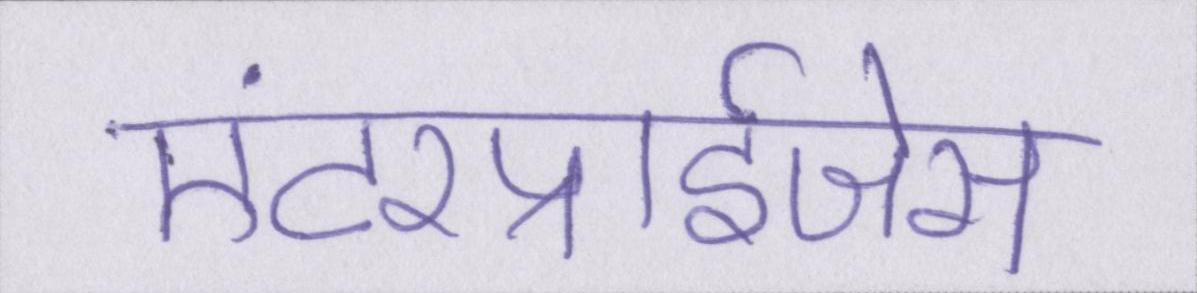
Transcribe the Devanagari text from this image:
एंटरप्राईजेस